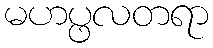
မဟပ္ဖလတရာ